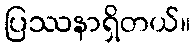
ပြဿနာရှိတယ်။